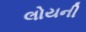
લોયની